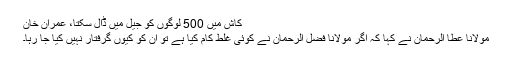
کاش میں 500 لوگوں کو جیل میں ڈال سکتا، عمران خان
مولانا عطا الرحمان نے کہا کہ اگر مولانا فضل الرحمان نے کوئی غلط کام کیا ہے تو ان کو کیوں گرفتار نہیں کیا جا رہا۔